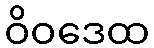
ဝိဝဒေထ